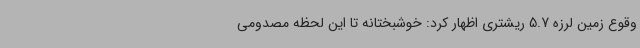
وقوع زمین لرزه 5.7 ریشتری اظهار کرد: خوشبختانه تا این لحظه مصدومی